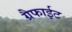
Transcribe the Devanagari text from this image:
ग्रैफाईट